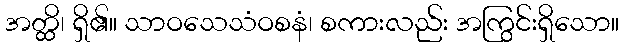
အတ္ထိ၊ ရှိ၏။ သာဝသေသံဝစနံ၊ စကားလည်း အကြွင်းရှိသော။